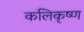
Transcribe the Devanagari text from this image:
कलिकृष्ण